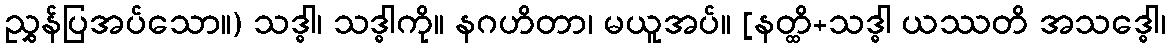
ညွှန်ပြအပ်သော။) သဒ္ဓါ၊ သဒ္ဓါကို။ နဂဟိတာ၊ မယူအပ်။ [နတ္ထိ+သဒ္ဓါ ယဿတိ အသဒ္ဓေါ၊